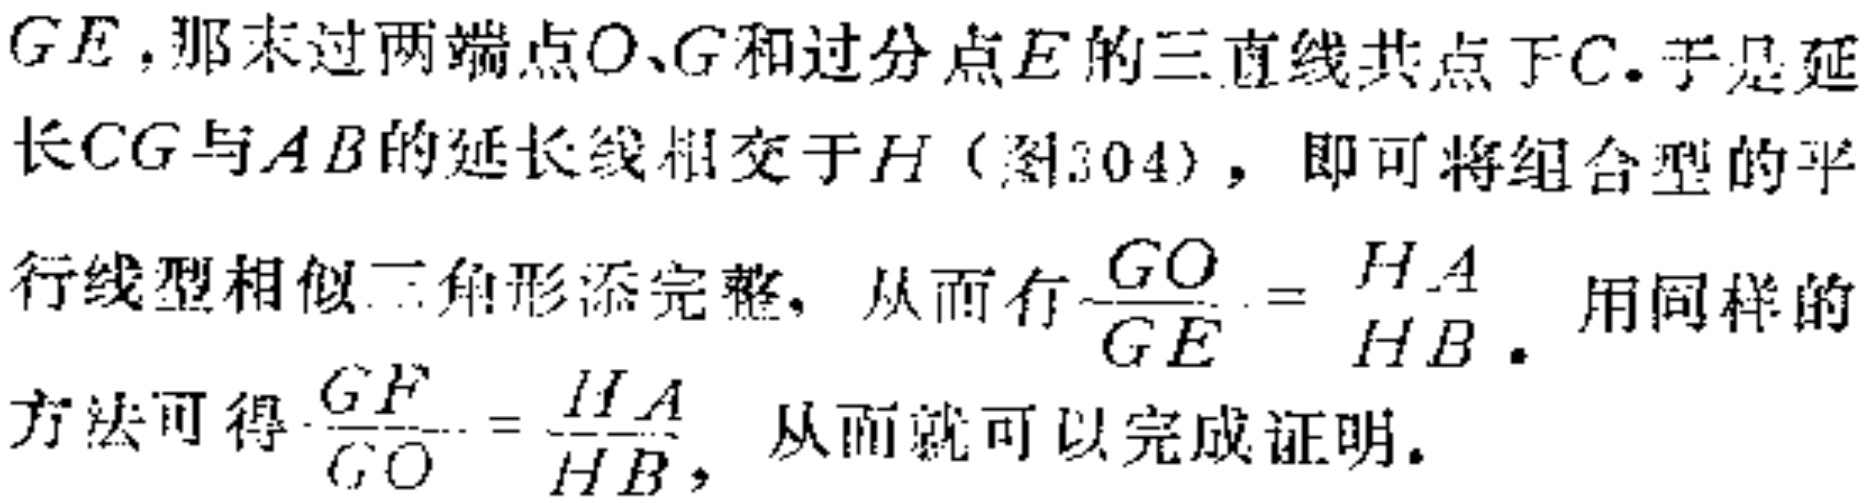
$GE$, 那末过两端点$O、G$和过分点$E$的三直线共点于$C$. 于是延长$CG$与$AB$的延长线相交于$H$ (图304), 即可将组合型的平行线型相似三角形添完整, 从而有$\frac{GO}{GE}=\frac{HA}{HB}$. 用同样的方法可得$\frac{GF}{GO}=\frac{HA}{HB}$, 从而就可以完成证明.